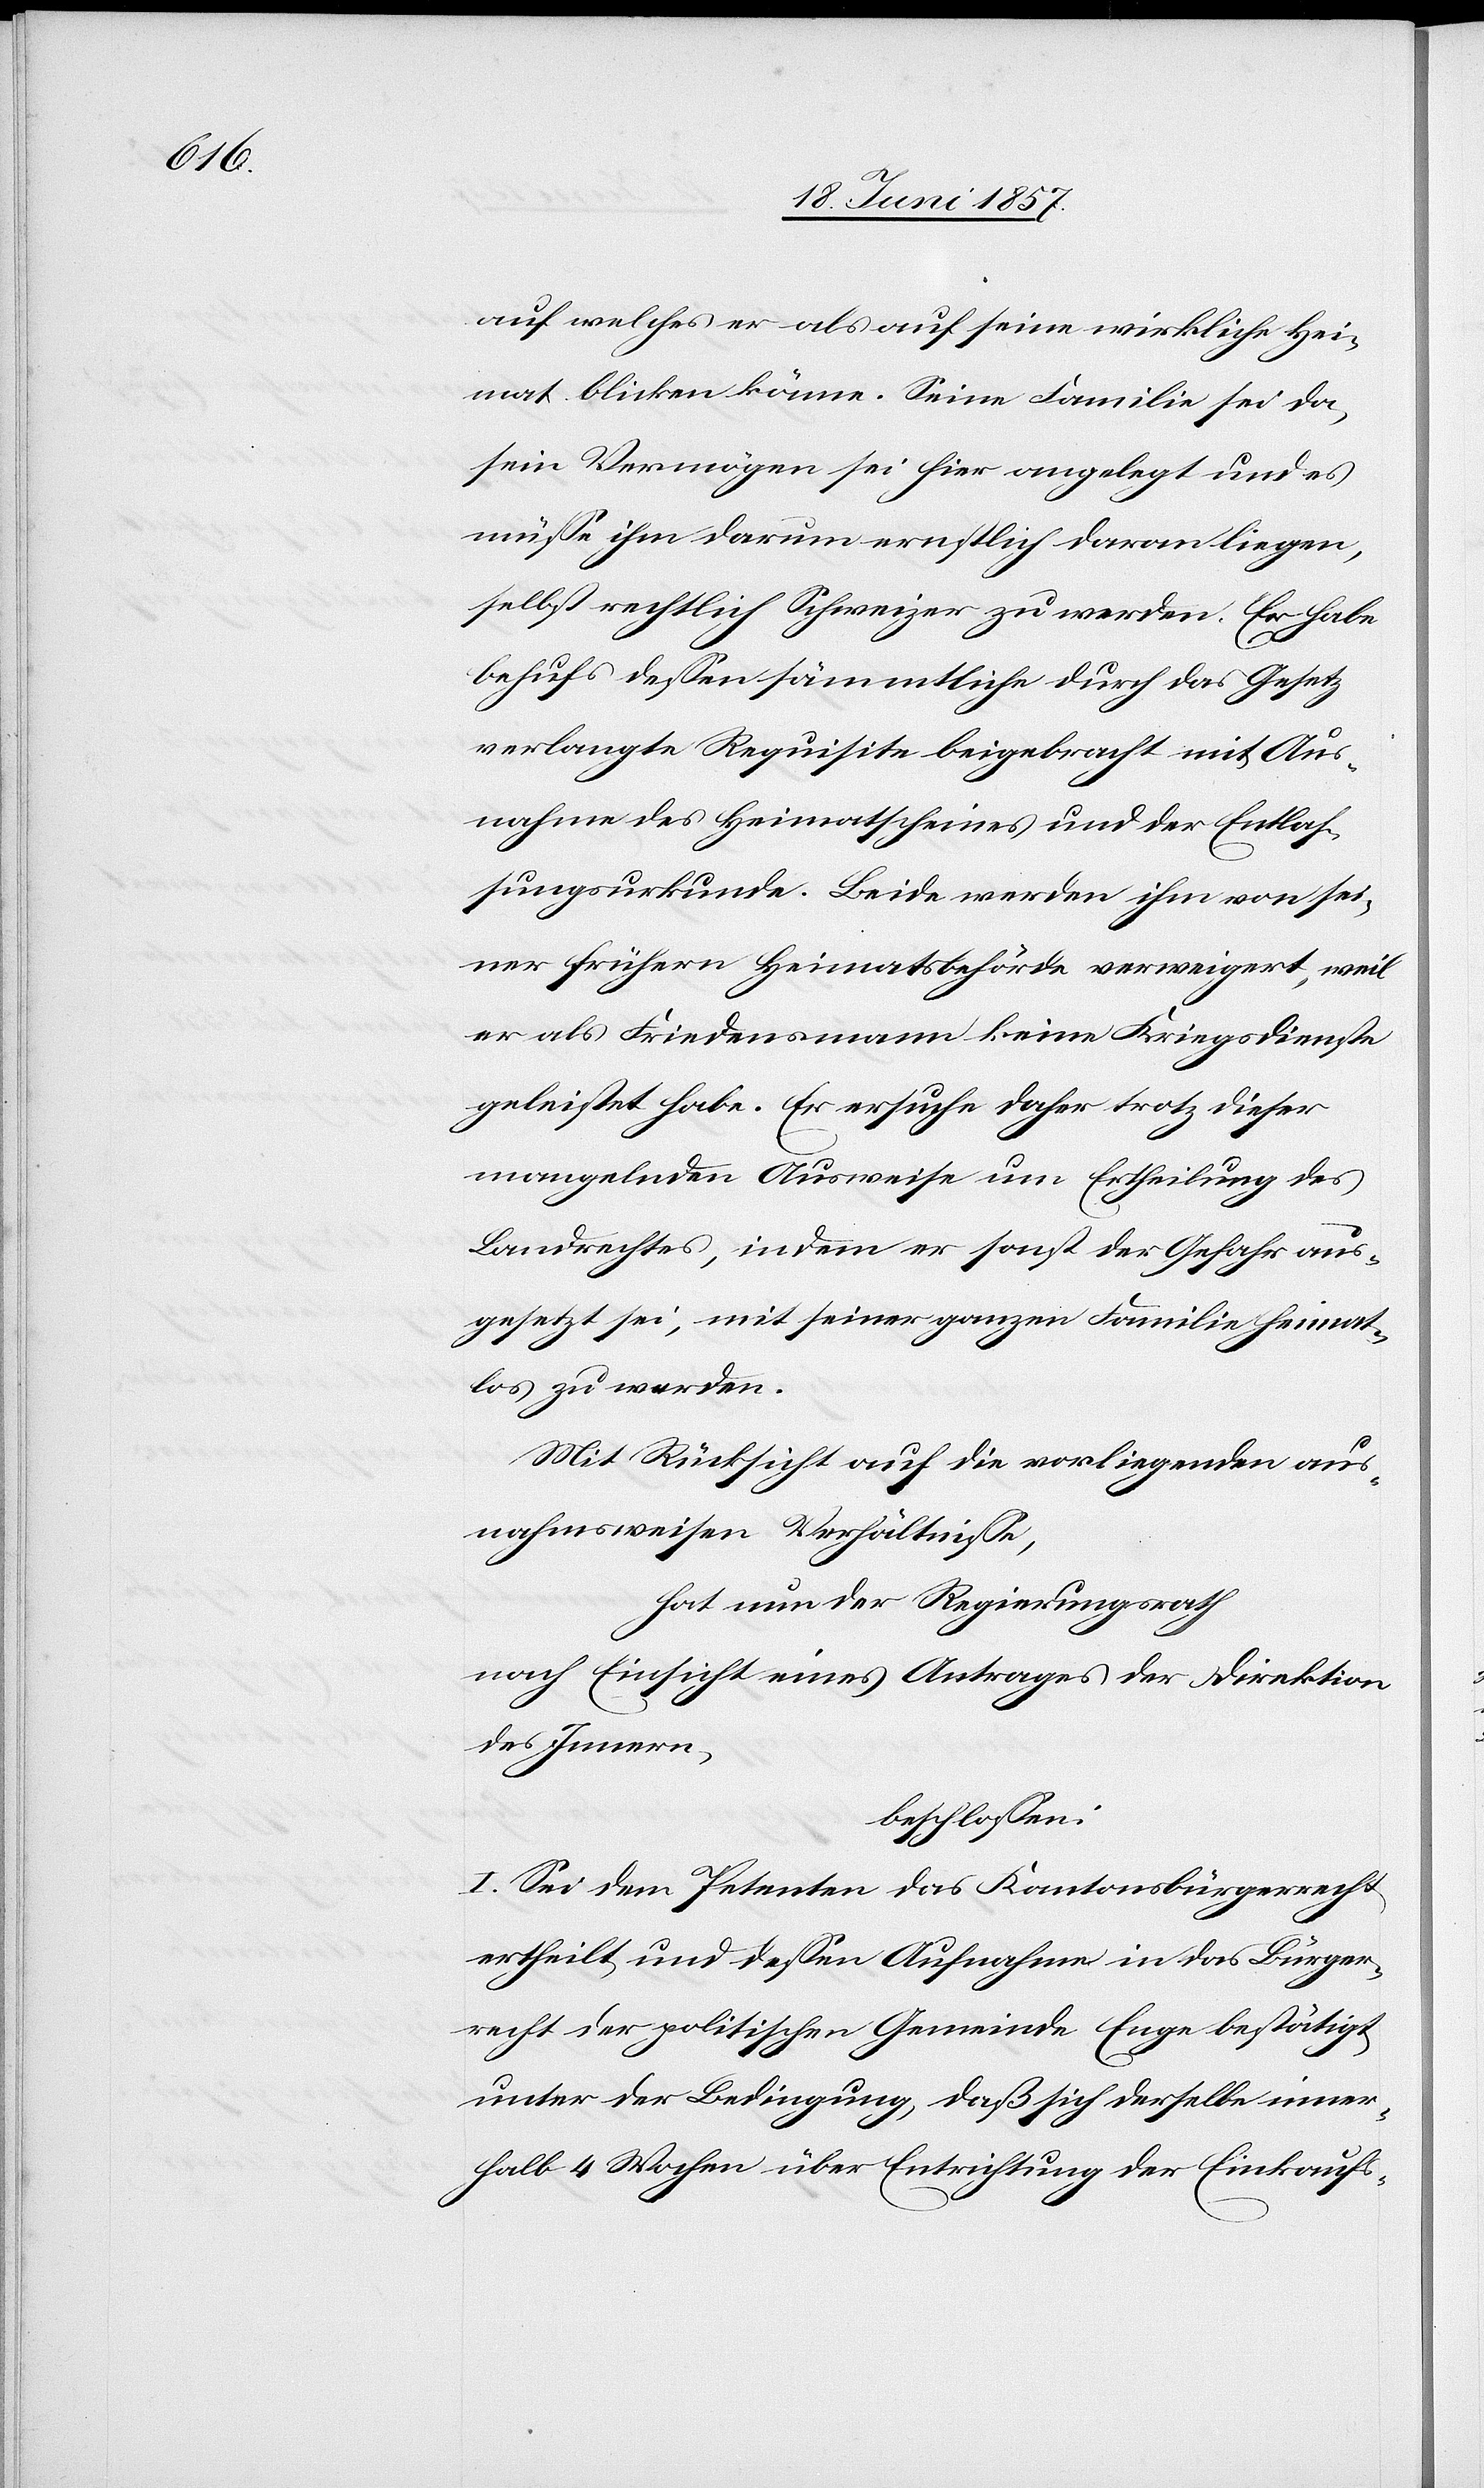
auf welches er als auf seine wirkliche Hei¬
mat blicken könne. Seine Familie sei da,
sein Vermögen sei hier angelegt und es
müsse ihm darum ernstlich daran liegen,
selbst rechtlich Schweizer zu werden. Er habe
behufs dessen sämmtliche durch das Gesetz
verlangte Requisite beigebracht mit Aus¬
nahme des Heimatscheines und der Entlas¬
sungsurkunde. Beide werden ihm von sei¬
ner frühern Heimatsbehörde verweigert, weil
er als Friedensmann keine Kriegsdienste
geleistet habe. Er ersuche daher trotz dieser
mangelnden Ausweise um Ertheilung des
Landrechtes, indem er sonst der Gefahr aus¬
gesetzt sei, mit seiner ganzen Familie heimat¬
los zu werden.
Mit Rücksicht auf die vorliegenden aus¬
nahmsweisen Verhältnisse,
hat nun der Regierungsrath
nach Einsicht eines Antrages der Direktion
des Innern,
beschlossen:
I. Sei dem Petenten das Kantonsbürgerrecht
ertheilt und dessen Aufnahme in das Bürger¬
recht der politischen Gemeinde Enge bestätigt
unter der Bedingung, daß sich derselbe inner¬
halb 4 Wochen über Entrichtung der Einkaufs-